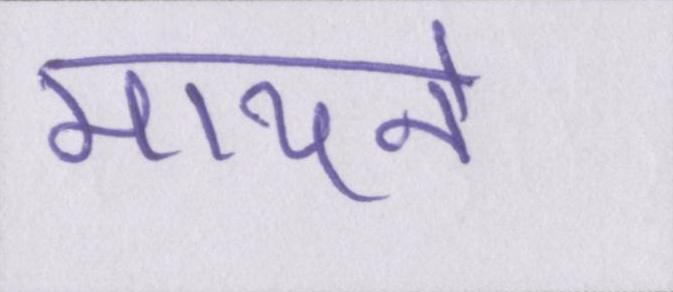
मायने